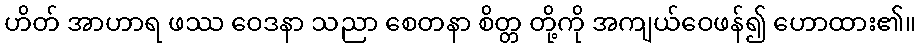
ဟိတ် အာဟာရ ဖဿ ဝေဒနာ သညာ စေတနာ စိတ္တ တို့ကို အကျယ်ဝေဖန်၍ ဟောထား၏။